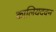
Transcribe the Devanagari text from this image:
कालियदवन